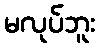
မလုပ်ဘူး